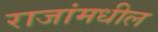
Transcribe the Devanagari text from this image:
राजांमधील